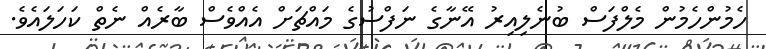
ހެމުންހެމުން މެލްފަސް ބުނެލިއިރު އޭނާގެ ނަފްސުގެ މައްޗަށް އެއްވެސް ބާރެއް ނެތް ކަހަލައެވެ.